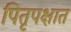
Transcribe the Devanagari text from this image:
पितृपक्षात